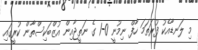
މި ލަނޑާއެކު ފުރަތަމަ ހާފް ނިމުނީ 0-1 ގެ ނަތީޖާއިން އުޒްބަކިސްތާން ކުރީގައި